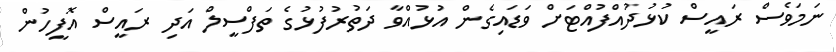
ނަމަވެސް ރައީސް ކުޅުދުއްފުއްޓަށް ވަޑައިގެން އުޅުއްވާ ދަތުރުފުޅުގެ ތަފްސީލް އަދި ރައީސް އޮފީހުން